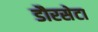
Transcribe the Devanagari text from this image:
डौरसेटा